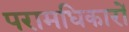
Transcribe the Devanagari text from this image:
परामधिकारों